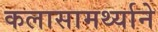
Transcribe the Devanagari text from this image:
कलासामर्थ्याने